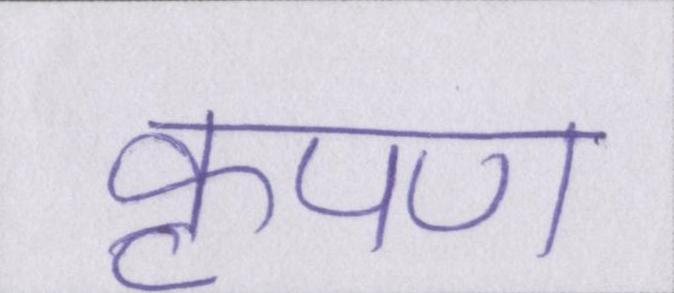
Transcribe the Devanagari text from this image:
कृपण